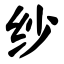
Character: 纱